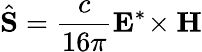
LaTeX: \hat{\mathbf{S}}=\frac{c}{16\pi}\mathbf{E}^{*}\! \times\mathbf{H}